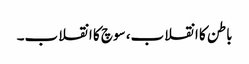
باطن کا انقلاب، سوچ کا انقلاب۔